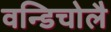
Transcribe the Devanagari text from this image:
वन्डिचोलै